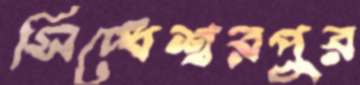
সিদ্ধেশ্বরপুর